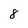
Character: 8